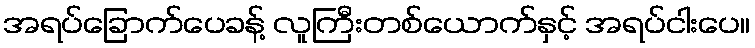
အရပ်ခြောက်ပေခန့် လူကြီးတစ်ယောက်နှင့် အရပ်ငါးပေ။